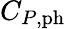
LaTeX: C_{P,\mathrm{{ph}}}